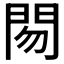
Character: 𰿜